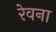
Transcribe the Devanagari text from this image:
रेवना